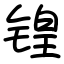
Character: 锽